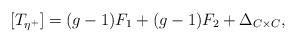
LaTeX: \begin{align*}\left[T_{\eta^+}\right] = (g-1) F_1 + (g-1) F_2 + \Delta_{C\times C},\end{align*}